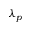
\lambda _ { p }